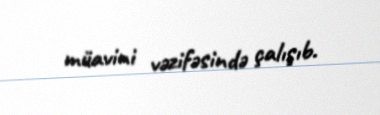
müavini vəzifəsində çalışıb.